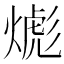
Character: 𱬂